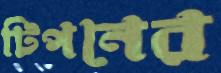
টিপনের